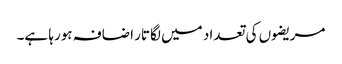
مریضوں کی تعداد میں لگاتار اضافہ ہورہا ہے۔